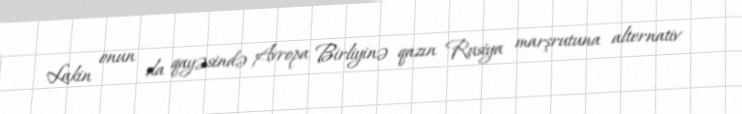
Lakin onun da qayəsində Avropa Birliyinə qazın Rusiya marşrutuna alternativ